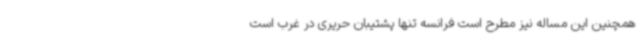
همچنین این مساله نیز مطرح است فرانسه تنها پشتیبان حریری در غرب است